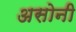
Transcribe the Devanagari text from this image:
असोनी